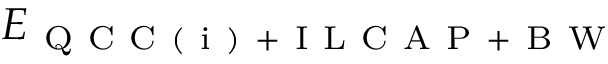
E _ { \mathrm { ~ Q ~ C ~ C ~ ( ~ i ~ ) ~ + ~ I ~ L ~ C ~ A ~ P ~ + ~ B ~ W ~ } }